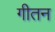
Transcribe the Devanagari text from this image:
गीतन